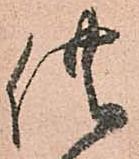
供